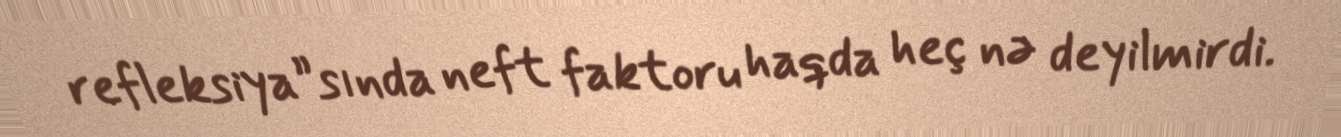
refleksiya”sında neft faktoru haqda heç nə deyilmirdi.